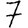
Digit: 7